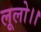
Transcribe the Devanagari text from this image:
लूलो।।